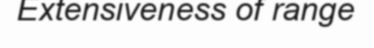
Extensiveness of range